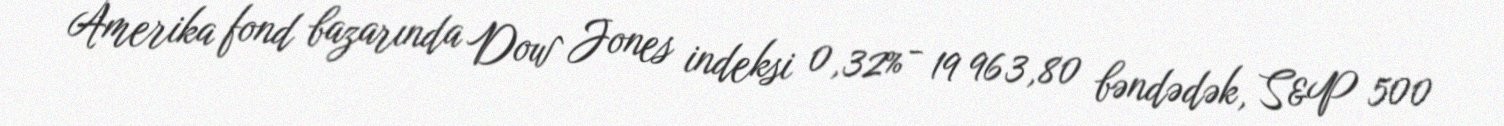
Amerika fond bazarında Dow Jones indeksi 0,32% - 19 963,80 bəndədək, S&P 500